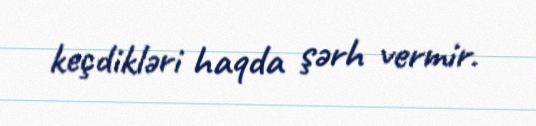
keçdikləri haqda şərh vermir.